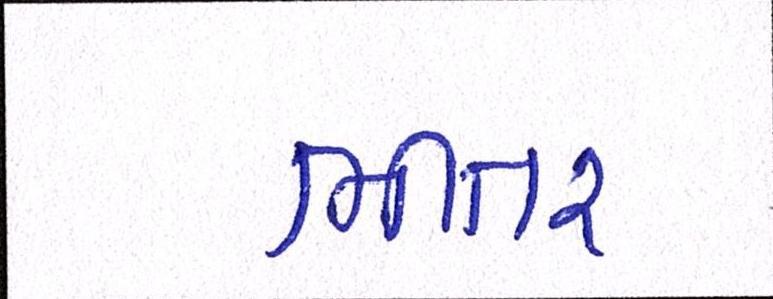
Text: ભીતર